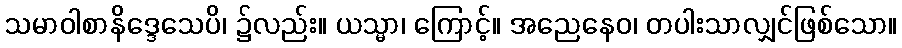
သမာဝါစာနိဒ္ဒေသေပိ၊ ၌လည်း။ ယသ္မာ၊ ကြောင့်။ အညေနေဝ၊ တပါးသာလျှင်ဖြစ်သော။